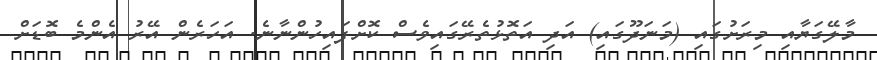
މާލޭގަޔާއި މިރަށުގައި (މަނަދޫގައި) އަދި އަތޮޅުތެރޭގައިވެސް ކޮށްފައިހުންނާނެ. އަހަރެން އޭރު އެންމެ ބޮޑަށް